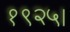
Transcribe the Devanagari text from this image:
१९२५।